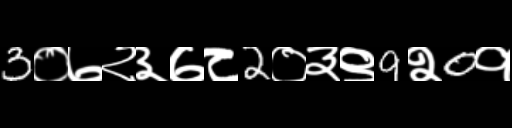
Text: 3०७२३७८2०३९9२0१